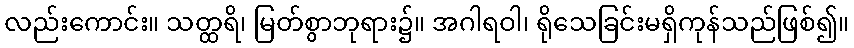
လည်းကောင်း။ သတ္ထရိ၊ မြတ်စွာဘုရား၌။ အဂါရဝါ၊ ရိုသေခြင်းမရှိကုန်သည်ဖြစ်၍။